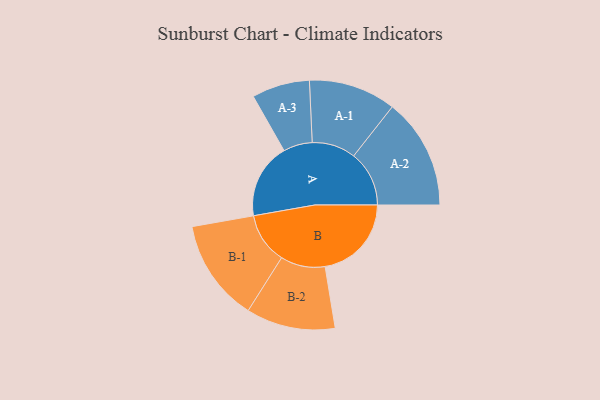
{"axis": {"x": "Segment", "y": "Value"}, "legend": ["", "A", "B"], "data": [{"x": "A", "y": 395, "type": ""}, {"x": "B", "y": 453, "type": ""}, {"x": "A-1", "y": 229, "type": "A"}, {"x": "A-2", "y": 291, "type": "A"}, {"x": "A-3", "y": 152, "type": "A"}, {"x": "B-1", "y": 268, "type": "B"}, {"x": "B-2", "y": 234, "type": "B"}]}